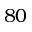
8 0